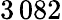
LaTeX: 3\, 082